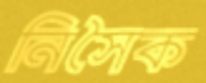
নিসৈক